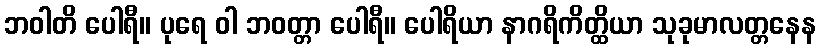
ဘဝါတိ ပေါရီ။ ပုရေ ဝါ ဘဝတ္တာ ပေါရီ။ ပေါရိယာ နာဂရိကိတ္ထိယာ သုခုမာလတ္တနေန